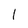
Character: 1